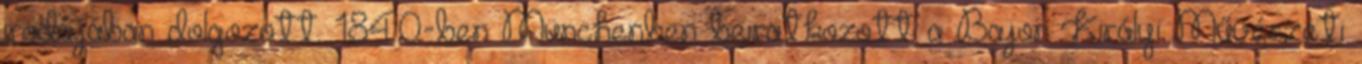
irodájában dolgozott. 1840-ben Münchenben beiratkozott a Bajor Királyi Művészeti